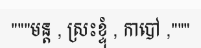
"""មន្ត , ស្រះខ្ទុំ , កាបៅ ,"""